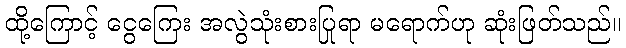
ထို့ကြောင့် ငွေကြေး အလွဲသုံးစားပြုရာ မရောက်ဟု ဆုံးဖြတ်သည်။